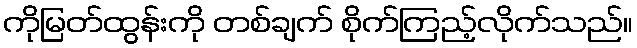
ကိုမြတ်ထွန်းကို တစ်ချက် စိုက်ကြည့်လိုက်သည်။